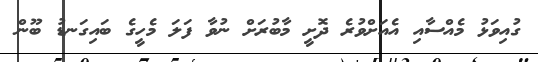
ގުއިވަޅު މެއްސާއި އެއަށްވުރެ ދޮށީ މާބުރަށް ނުވާ ފަލަ މެހީގެ ބައިގަނޑު ބޫން